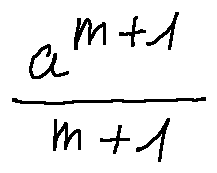
\frac { a ^ { m + 1 } } { m + 1 }